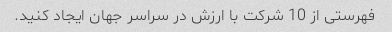
فهرستی از 10 شرکت با ارزش در سراسر جهان ایجاد کنید.